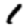
Digit: 1